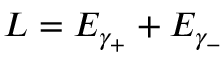
L = E _ { \gamma _ { + } } + E _ { \gamma _ { - } }